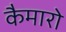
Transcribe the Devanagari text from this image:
कैमारो